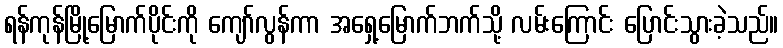
ရန်ကုန်မြို့မြောက်ပိုင်းကို ကျော်လွန်ကာ အရှေ့မြောက်ဘက်သို့ လမ်းကြောင်း ပြောင်းသွားခဲ့သည်။